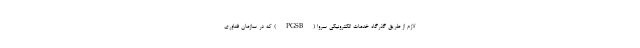
لازم از طریق گذرگاه خدمات الکترونیکی سروا (PGSB) که در سازمان فناوری